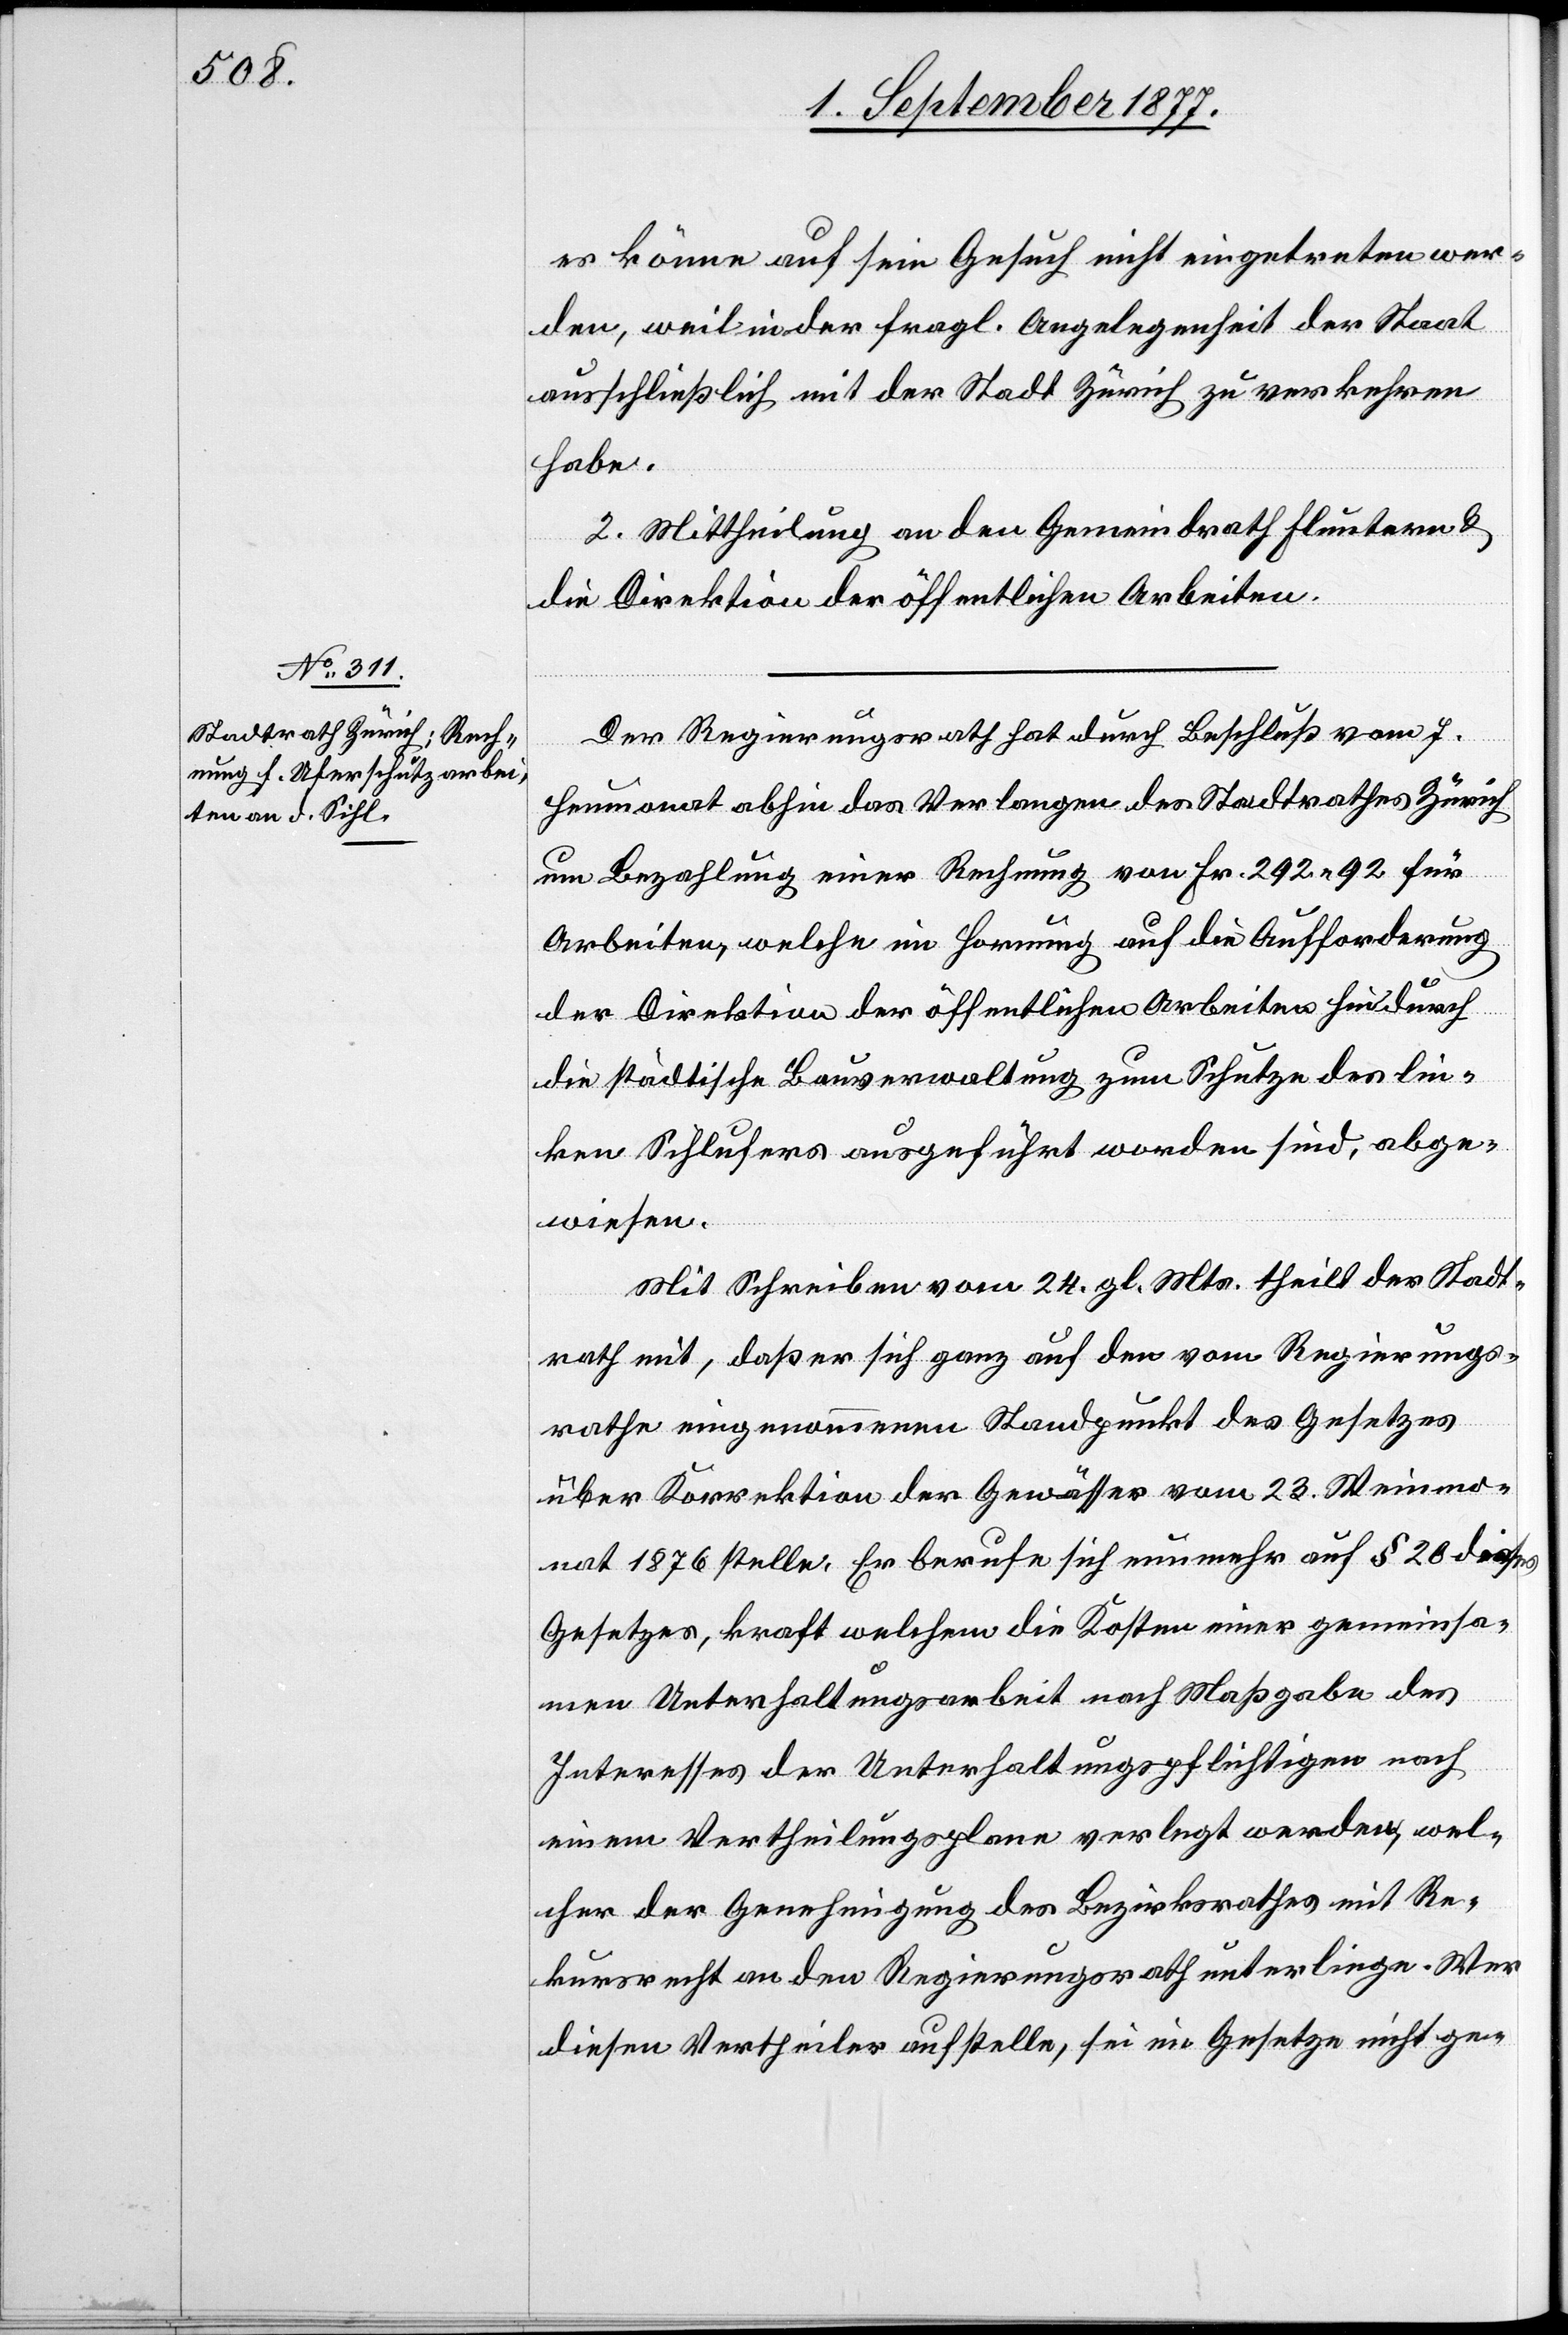
es könne auf sein Gesuch nicht eingetreten wer¬
den, weil in der fragl. Angelegenheit der Staat
ausschließlich mit der Stadt Zürich zu verkehren
habe.
2. Mittheilung an den Gemeindrath Fluntern &
die Direktion der öffentlichen Arbeiten.
Der Regierungsrath hat durch Beschluß vom 7.
Heumonat abhin das Verlangen des Stadtrathes Zürich
um Bezahlung einer Rechnung von Fr. 292.92 für
Arbeiten, welche im Hornung auf die Aufforderung
der Direktion der öffentlichen Arbeiten hin durch
die städtische Bauverwaltung zum Schutze des lin¬
ken Sihlufers ausgeführt worden sind, abge¬
wiesen.
Mit Schreiben vom 24. gl. Mts. theilt der Stadt¬
rath mit, daß er sich ganz auf den vom Regierungs¬
rathe eingenommenen Standpunkt des Gesetzes
über Korrektion der Gewässer vom 23. Weinmo¬
nat 1876 stelle. Er berufe sich nunmehr auf § 20 dieses
Gesetzes, kraft welchem die Kosten einer gemeinsa¬
men Unterhaltungsarbeit nach Maßgabe des
Interesses der Unterhaltungspflichtigen nach
einem Vertheilungsplane verlegt werden, wel¬
cher der Genehmigung des Bezirksrathes mit Re¬
kursrecht an den Regierungsrath unterliege. Wer
diesen Vertheiler aufstelle, sei im Gesetze nicht ge-